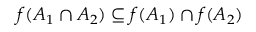
f ( A _ { 1 } \cap A _ { 2 } ) \subseteq f ( A _ { 1 } ) \cap f ( A _ { 2 } )